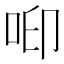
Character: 𠲃